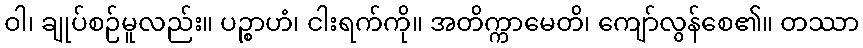
ဝါ၊ ချုပ်စဉ်မူလည်း။ ပဉ္စာဟံ၊ ငါးရက်ကို။ အတိက္ကာမေတိ၊ ကျော်လွန်စေ၏။ တဿာ